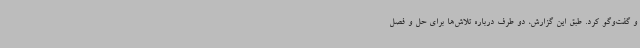
و گفت‌وگو کرد. طبق این گزارش، دو طرف درباره تلاش‌ها برای حل و فصل